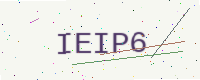
Text: IEIP6